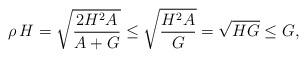
LaTeX: \begin{align*}\rho\,H=\sqrt{\frac{2H^2A}{A+G}}\leq \sqrt{\frac{H^2A}{G}}=\sqrt{HG}\leq G,\end{align*}